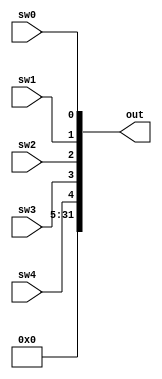
module in_port (
	sw4,sw3,sw2,sw1,sw0,out
);

	input sw4,sw3,sw2,sw1,sw0;
	output [31:0] out;
	wire [4:0] in_num;
	wire [26:0]extend = {27{1'b0}};
   assign in_num[4:0] = {sw4,sw3,sw2,sw1,sw0};
	assign out = {extend,in_num[4:0]};

endmodule